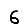
Digit: 6